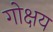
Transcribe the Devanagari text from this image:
गोक्षय